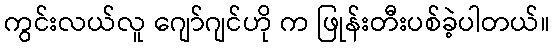
ကွင်းလယ်လူ ဂျော်ဂျင်ဟို က ဖြုန်းတီးပစ်ခဲ့ပါတယ်။